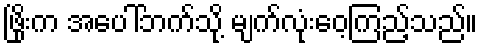
ဖြိုးက အပေါ်ဘက်သို့ မျက်လုံးဝေ့ကြည့်သည်။